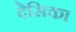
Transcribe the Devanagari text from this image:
देसिका